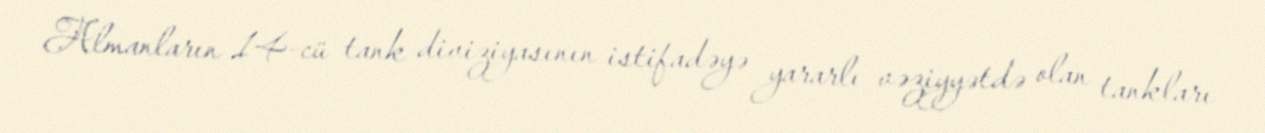
Almanların 14-cü tank diviziyasının istifadəyə yararlı vəziyyətdə olan tankları